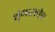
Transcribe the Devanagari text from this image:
शृंगाराचेच